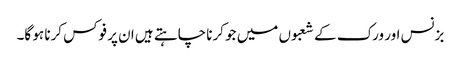
بزنس اور ورک کے شعبوں میں جو کرنا چاہتے ہیں ان پر فوکس کرنا ہو گا۔